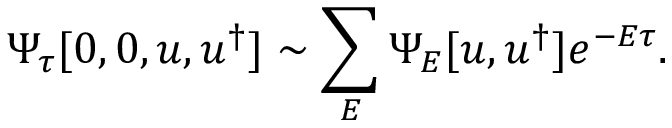
\Psi _ { \tau } [ 0 , 0 , u , u ^ { \dagger } ] \sim \sum _ { E } \Psi _ { E } [ u , u ^ { \dagger } ] e ^ { - E \tau } .